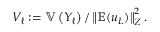
V _ { \ell } : = \mathbb { V } \left( Y _ { \ell } \right) / \left\Vert \mathbb { E } ( u _ { L } ) \right\Vert _ { Z } ^ { 2 } .